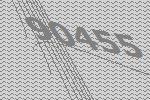
90455